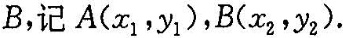
B，记A(x_{1}，y_{1})，B(x_{2},_y{2}).